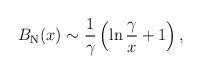
LaTeX: \begin{align*}B_{\rm N}(x) \sim {1\over \gamma}\left(\ln{\gamma\over x} + 1 \right), \end{align*}